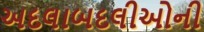
અદલાબદલીઓની